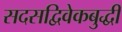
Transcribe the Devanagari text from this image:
सदसद्विवेकबुद्धी